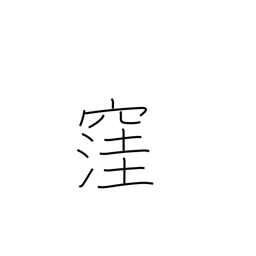
Meaning: cave in